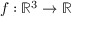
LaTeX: f : \mathbb { R } ^ { 3 } \to \mathbb { R }